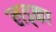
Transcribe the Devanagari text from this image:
लड्का